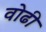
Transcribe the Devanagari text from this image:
वोढी